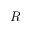
R